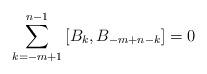
LaTeX: \begin{align*} \sum_{k=-m+1}^{n-1}\left[B_k,B_{-m+n-k}\right] =0\end{align*}